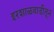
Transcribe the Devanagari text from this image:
इरशाळवाडीतून